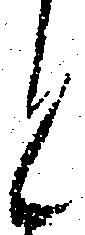
と